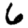
Digit: 6